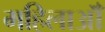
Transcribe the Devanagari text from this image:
महिलाऑँ